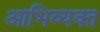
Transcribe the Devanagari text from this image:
आभिव्यक्त